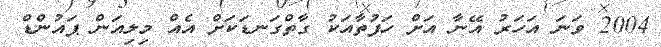
2004 ވަނަ އަހަރު އޭނާ އަށް ހަފުތާއަކު ގާތްގަނޑަކަށް އެއް މިލިއަން ޕައުންޑް